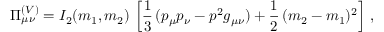
\Pi _ { \mu \nu } ^ { ( V ) } = I _ { 2 } ( m _ { 1 } , m _ { 2 } ) \, \left[ \frac { 1 } { 3 } \, ( p _ { \mu } p _ { \nu } - p ^ { 2 } g _ { \mu \nu } ) + \frac { 1 } { 2 } \, ( m _ { 2 } - m _ { 1 } ) ^ { 2 } \right] \, ,